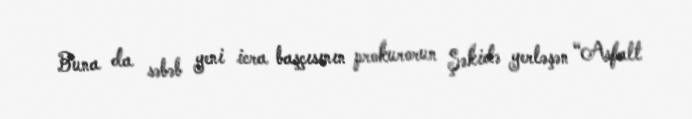
Buna da səbəb yeni icra başçısının prokurorun Şəkidə yerləşən “Asfalt